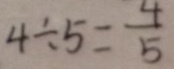
4 \div 5 = \frac { 4 } { 5 }